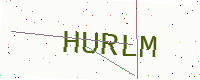
Text: HURLM